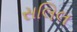
સલિલ